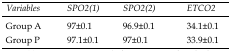
| Variables | SPO2(1) | SPO2(2) | ETCO2 |
 | --- | --- | --- | --- |
 | Group A | 97±0.1 | 96.9±0.1 | 34.1±0.1 |